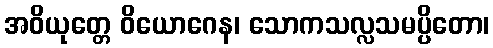
အဝိယုတ္တေ ဝိယောဂေန၊ သောကသလ္လသမပ္ပိတော၊